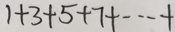
1 + 3 + 5 + 7 + \cdots +